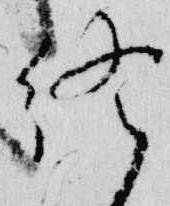
終